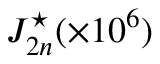
J _ { 2 n } ^ { \star } ( \times 1 0 ^ { 6 } )